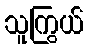
သူကြွယ်